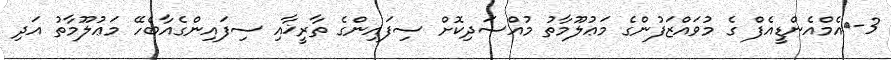
3-	އެމްއެންޑީއެފް ގެ މުވައްޒަފުންގެ މަޢުލޫމާތު މުއްސަދިކޮށް ސިފައިންގެ ތާރީޚާއި ސިފައިންގެއާބެހޭ މަޢުލޫމާތު އަދި